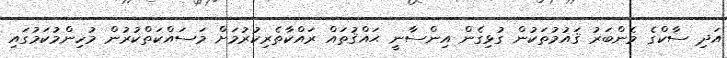
އަދި ސާކްގެ މެންބަރު ޤައުމުތަކުން ގުޅިގެން އިންސާނީ ޙައްޤުތައް ރައްކާތެރިކުރުމަށް މަސައްކަތްކުރުން މުހިންމުކަމުގައި